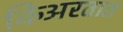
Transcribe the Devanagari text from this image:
किअरतात